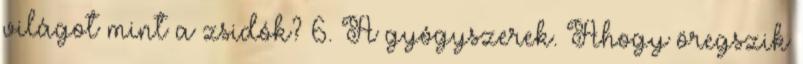
világot mint a zsidók? 6. A gyógyszerek. Ahogy öregszik